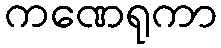
ကဏေရုကာ